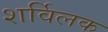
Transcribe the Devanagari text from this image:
शर्विलक